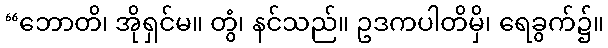
“ဘောတိ၊ အိုရှင်မ။ တွံ၊ နင်သည်။ ဥဒကပါတိမှိ၊ ရေခွက်၌။